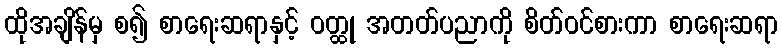
ထိုအချိန်မှ စ၍ စာရေးဆရာနှင့် ဝတ္ထု အတတ်ပညာကို စိတ်ဝင်စားကာ စာရေးဆရာ